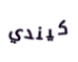
كيندي